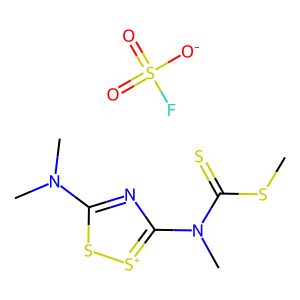
SMILES: CSC(=S)N(C)c1nc(N(C)C)s[s+]1.O=S(=O)([O-])F
Inhibits HIV replication: No